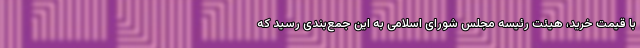
با قیمت خرید، هیئت رئیسه مجلس شورای اسلامی به این جمع‌بندی رسید که